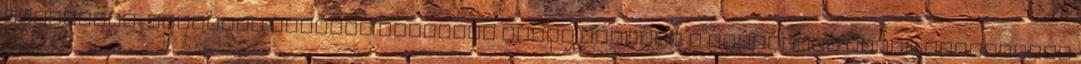
képviselô-testület januári ülésérôl oldal Sikeres a Játszóház oldal Hirdetések